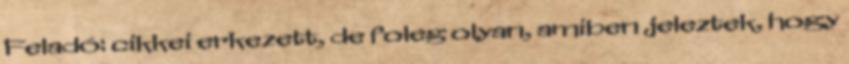
Feladó: cikkei erkezett, de foleg olyan, amiben jeleztek, hogy